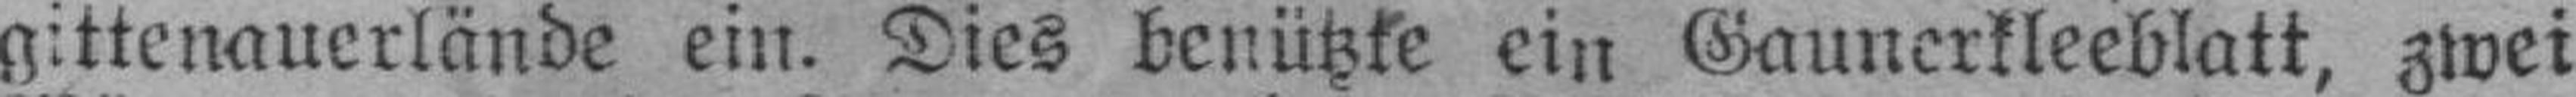
gittenauerlände ein. Dies benützte ein Gaunerkleeblatt, zwei